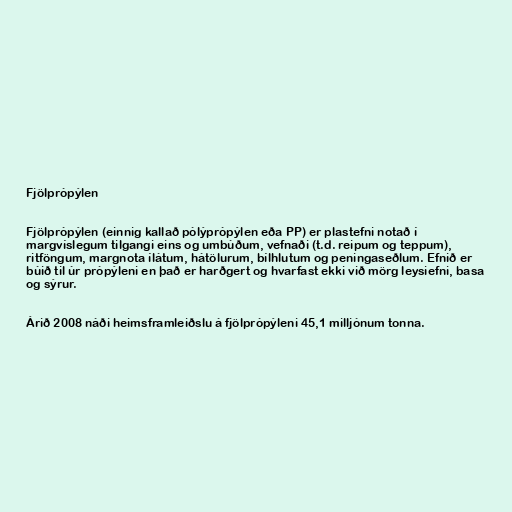
Fjölprópýlen

Fjölprópýlen (einnig kallað pólýprópýlen eða PP) er plastefni notað í
margvíslegum tilgangi eins og umbúðum, vefnaði (t.d. reipum og teppum),
ritföngum, margnota ílátum, hátölurum, bílhlutum og peningaseðlum. Efnið er
búið til úr própýleni en það er harðgert og hvarfast ekki við mörg leysiefni, basa
og sýrur.

Árið 2008 náði heimsframleiðslu á fjölprópýleni 45,1 milljónum tonna.